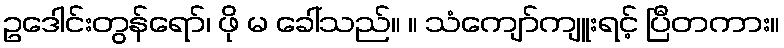
ဥဒေါင်းတွန်ရော်၊ ဖို မ ခေါ်သည်။ ။ သံကျော်ကျူးရင့် ပြီတကား။